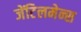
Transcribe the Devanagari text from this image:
जेंटिलमेन्स